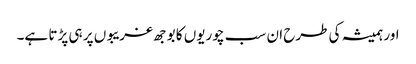
اور ہمیشہ کی طرح ان سب چوریوں کا بوجھ غریبوں پر ہی پڑتا ہے۔